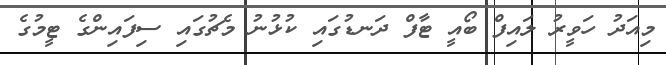
މިއަދު ހަވީރު ލައިފް ބޯއީ ޓާފް ދަނޑުގައި ކުޅުނު މެޗުގައި ސިފައިންގެ ޓީމުގެ